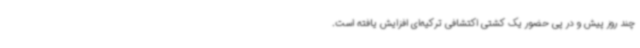
چند روز پیش و در پی حضور یک کشتی اکتشافی ترکیه‌ای افزایش یافته است.